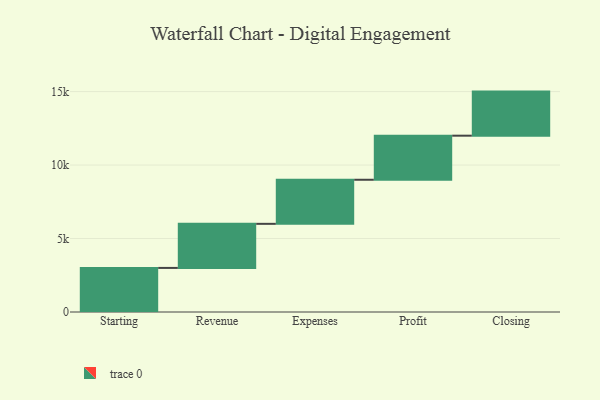
{"axis": {"x": "Step", "y": "Value"}, "legend": [""], "data": [{"x": "Starting", "y": 3000, "type": ""}, {"x": "Revenue", "y": 3000, "type": ""}, {"x": "Expenses", "y": 3000, "type": ""}, {"x": "Profit", "y": 3000, "type": ""}, {"x": "Closing", "y": 3000, "type": ""}]}